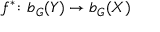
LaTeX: f ^ { * } \colon b _ { G } ( Y ) \to b _ { G } ( X )